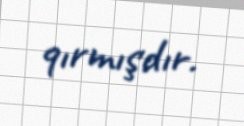
qırmışdır.